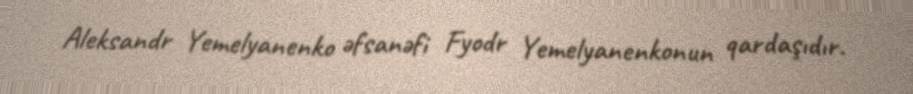
Aleksandr Yemelyanenko əfsanəfi Fyodr Yemelyanenkonun qardaşıdır.